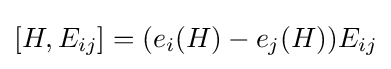
[H,E_{ij}]=(e_{i}(H)-e_{j}(H))E_{ij}